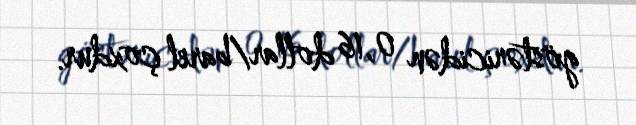
göstəricidən 0,16 dollar/barel çoxdur.